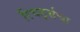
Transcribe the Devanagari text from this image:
रिचर्ड्सचा